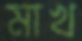
মাখ